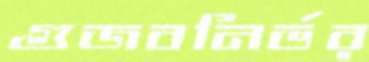
গুজবনির্ভর